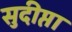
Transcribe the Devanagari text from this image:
सुदीप्ता